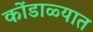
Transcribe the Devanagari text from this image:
कोंडाळ्यात